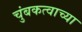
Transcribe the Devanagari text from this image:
चुंबकत्वाच्या